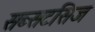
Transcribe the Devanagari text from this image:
सब्सटसिज